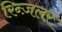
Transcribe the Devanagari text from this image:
रिन्ज़लर